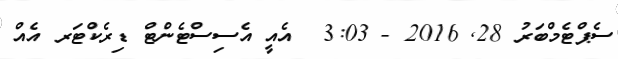
ސެޕްޓެމްބަރު 28